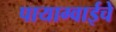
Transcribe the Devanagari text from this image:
पायाग्वाईचे